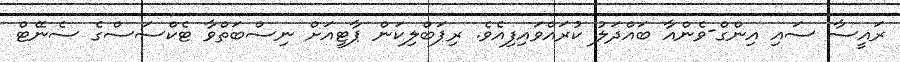
ރައީސާ ސައި އިންގް-ވެންއާ ބައްދަލު ކުރައްވައިފިއެވެ. ރިޕަބްލިކަން ޕާޓީއަށް ނިސްބަތްވާ ޓެކްސަސްގެ ސެނޭޓް